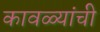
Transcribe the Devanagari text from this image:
कावळ्यांची